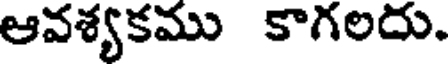
ఆవశ్యకము కాగలదు.